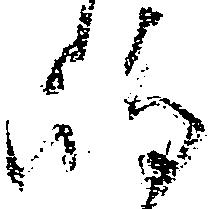
島